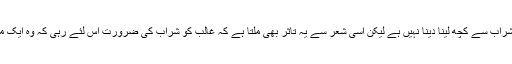
گو کہ غالب نے اپنے تئیں اپنی صفائی پیش کی ہے کہ ہمیں شراب سے کچھ لینا دینا نہیں ہے لیکن اسی شعر سے یہ تاثر بھی ملتا ہے کہ غالب کو شراب کی ضرورت اس لئے رہی کہ وہ ایک مستقل بے خودی کی کیفیت خود پر طاری رکھنا چاہتے تھے۔